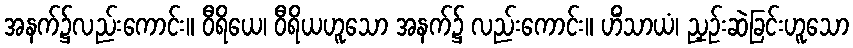
အနက်၌လည်းကောင်း။ ဝီရိယေ၊ ဝီရိယဟူသော အနက်၌ လည်းကောင်း။ ဟိံသာယံ၊ ညှဉ်းဆဲခြင်းဟူသော